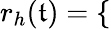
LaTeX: r_{h}(\mathfrak{t})=\left\{ \begin{array}{rlr}\end{array}\right.